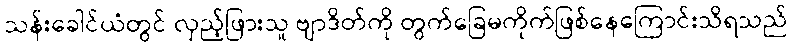
သန်းခေါင်ယံတွင် လှည့်ဖြားသူ ဗျာဒိတ်ကို တွက်ခြေမကိုက်ဖြစ်နေကြောင်းသိရသည်